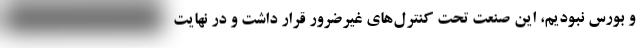
و بورس نبودیم، این صنعت تحت کنترل‌های غیرضرور قرار داشت و در نهایت